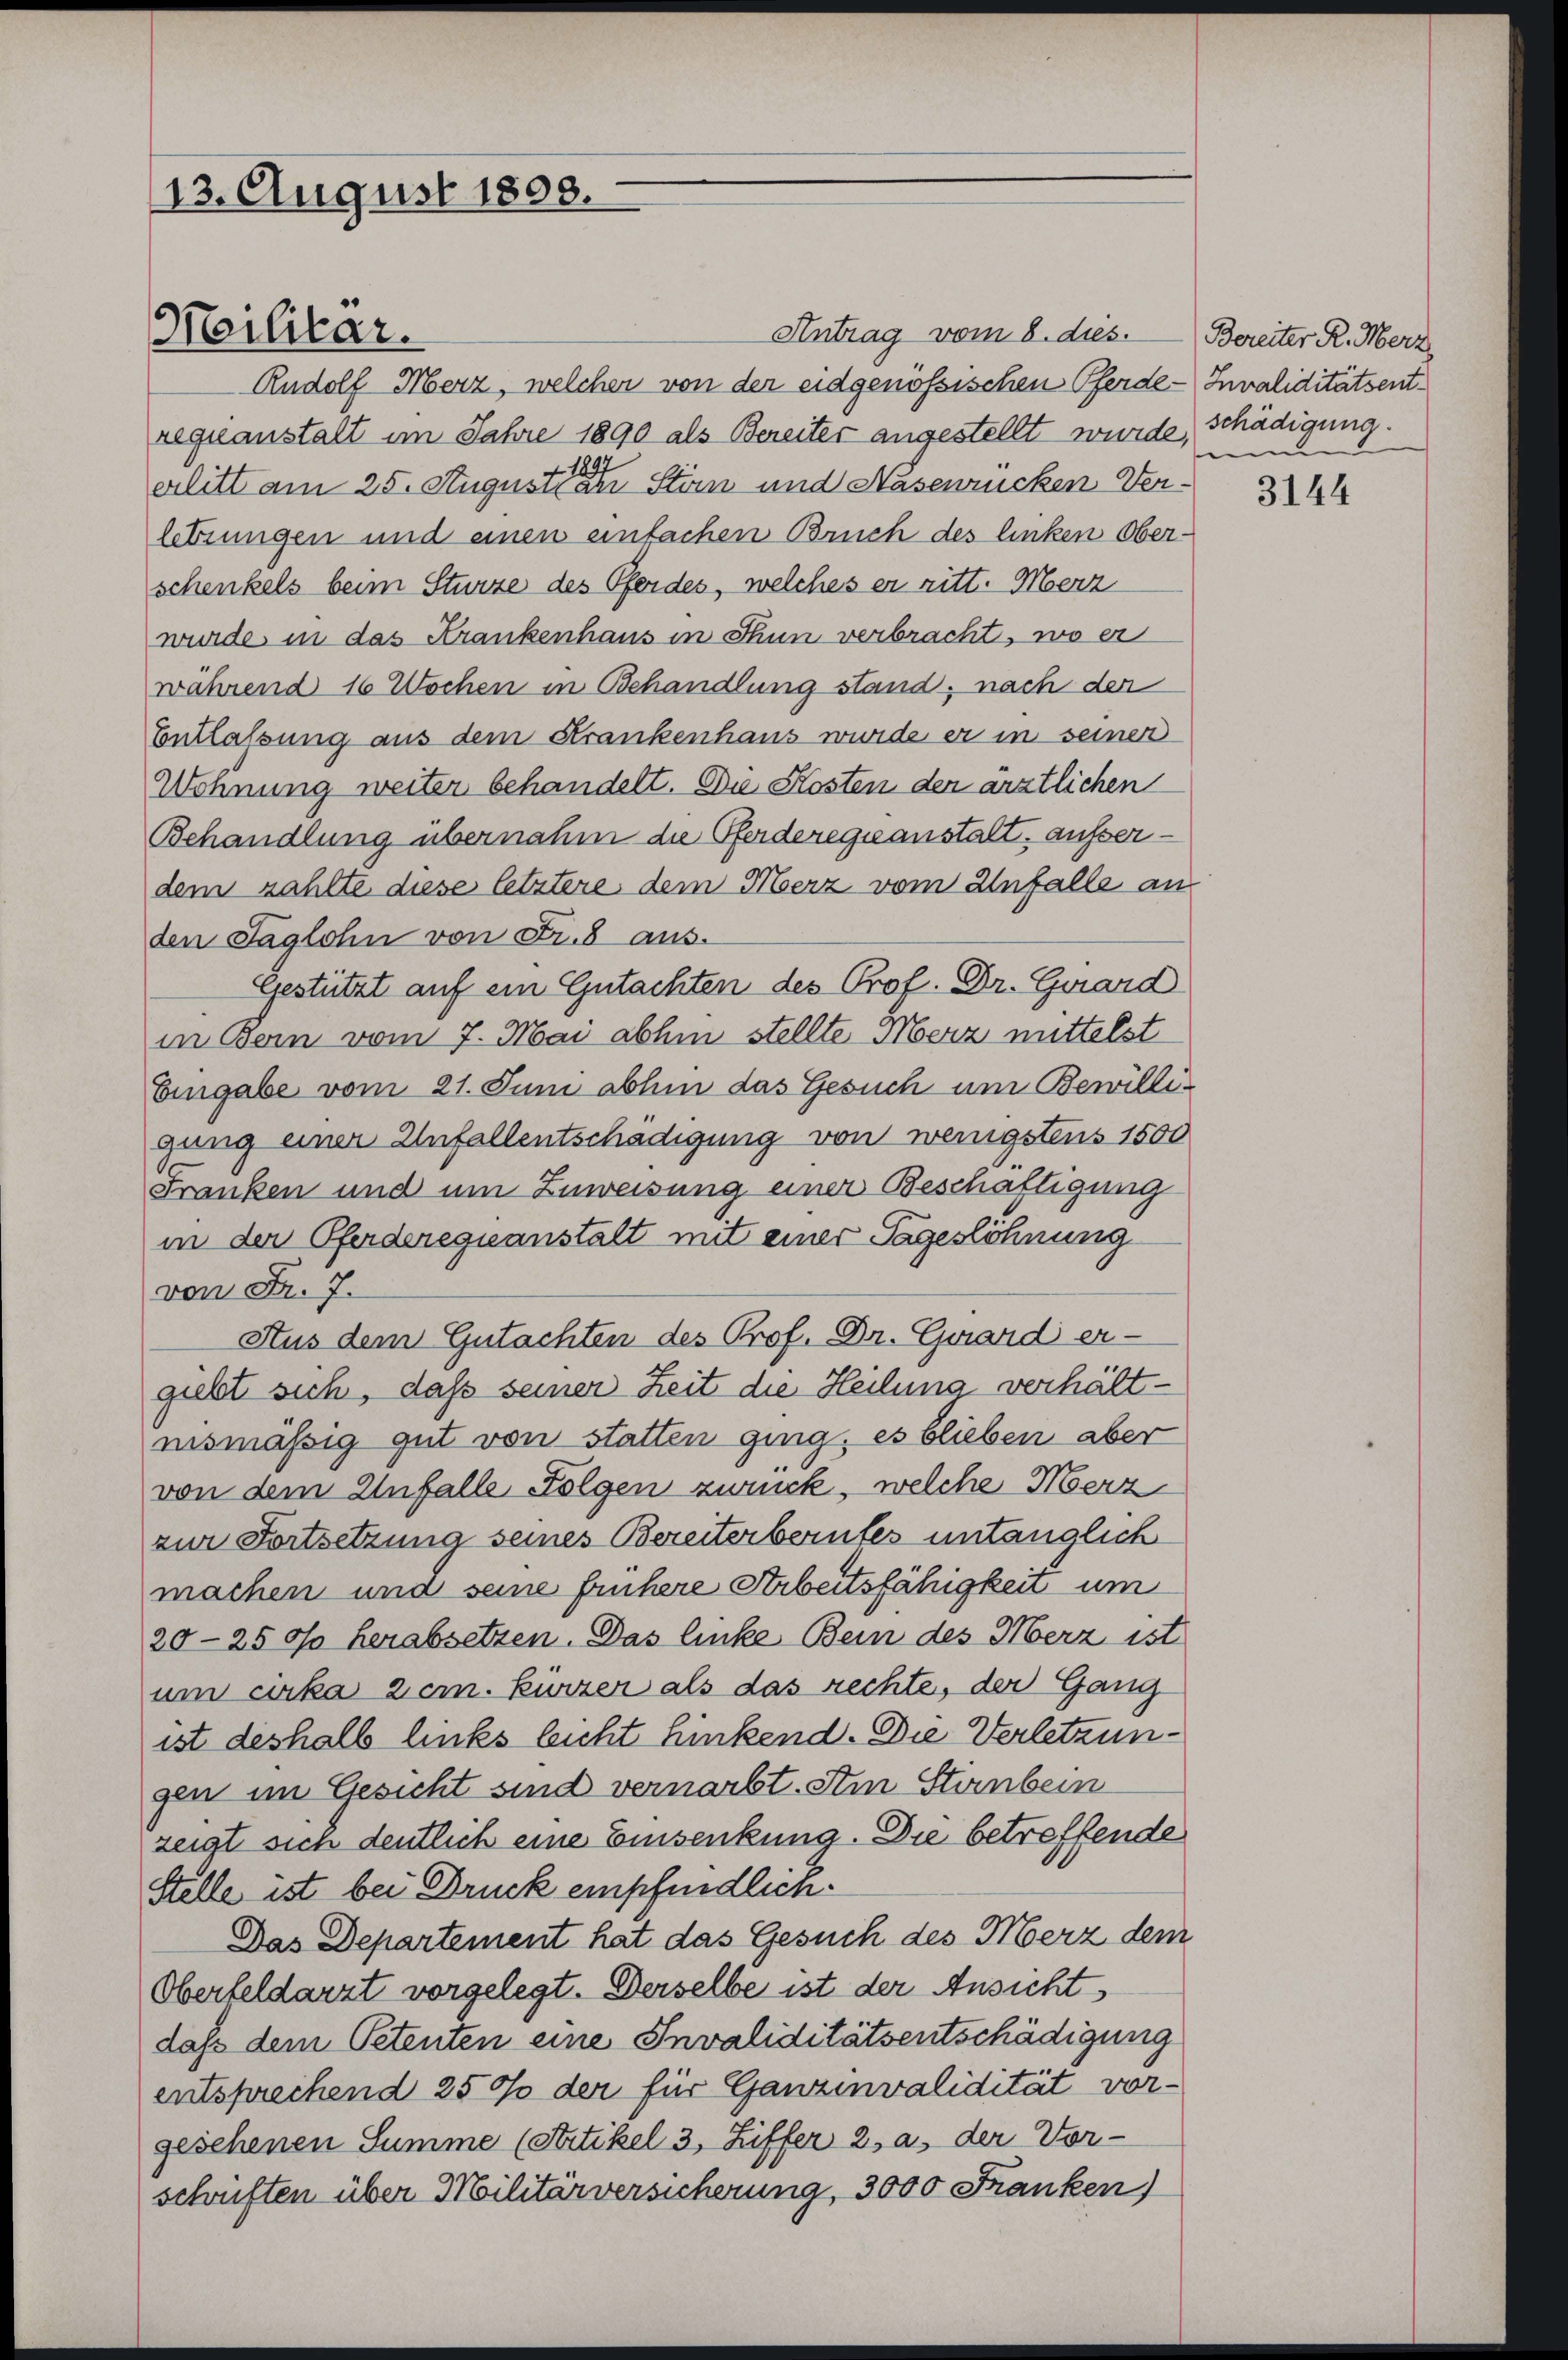
113. August 1808.

Militar.

Antrag vom 8. dies. Bereiter R. Merz
Rudolf Merz, welcher von der eidgenössischen Pferde-Invaliditätsentreguanstalt im Jahre 1890 als Bereiter angestellt wurde,
erlitt am 25. August an Stirn und Nasenrücken Verletzungen und einen einfachen Bruch des linken Oberschenkels beim Sturze des Pferdes, welches er ritt. Merz
wurde in das Krankenhaus in Thun verbracht, wo er
während 16 Wochen in Behandlung stand, nach der
Entlassung aus dem Krankenhaus wurde er in seiner
Wohnung weiter behandelt. Die Kosten den ärztlichen
Behandlung übernahm die Pferderegeanstalt, ausserdem zählte diese letztere dem Merz vom Unfalle an
den Taglohn von Fr. 8 aus.
Gestützt auf ein Gutachten des Prof. Dr. Guard
in Bern vom 7. Mai abhin stellte Merz mittelst
Eingabe vom 21. Juni abhin das Gesuch um Bewilligung einer Unfallentschädigung von wenigstens 1500
Franken und um Zuweisung einer Beschäftigung
in der Pferdereguanstalt mit einer Tageslöhnung
von Fr. 7.
Aus dem Gutachten des Prof. Dr. Guard er-
giebt sich, daß seiner Zeit die Heilung verhältnismässig gut von statten ging, es blieben aber
von dem Unfalle Folgen zweck, welche Merz
zur Fortsetzung seines Bereiterberintes untauglich
machen und seine frühere Arbeitsfähigkeit um
20–250f herabsetzen. Das linke Bein des Merz ist
um cirka zem. Kürzer als das rechte, der Gang
ist deshalb links leicht hinkend. Die Verletzungen im Gesicht sind vernarbt. Im Stirnbein
zeigt sich deutlich eine Einsenkung. Die betreffende
Stelle ist bei Druck empfindlich.
Das Departement hat das Gesuch des Merz dem
Oberfeldarzt vorgelegt. Derselbe ist der Ansicht
daß dem Petenten eine Invaliditätsentschädigung
entsprechend 250 der für Ganzinvalidität vorgesehenen Summe (Artikel 3, Ziffer 2. a, der Vor-
schriften über Militärversicherung, 3000 Franken)

schädigung.
.

3144